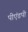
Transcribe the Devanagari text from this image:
पीएंडपी